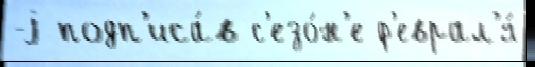
-j подп'иса́в с'езо́н'е ф'еврал'я́